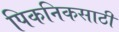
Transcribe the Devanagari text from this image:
पिकनिकसाठी